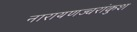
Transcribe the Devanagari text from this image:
नारायणज्वरांकुश